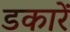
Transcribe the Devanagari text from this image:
डकारें